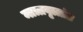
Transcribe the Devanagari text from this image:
मात्रावृत्तांत